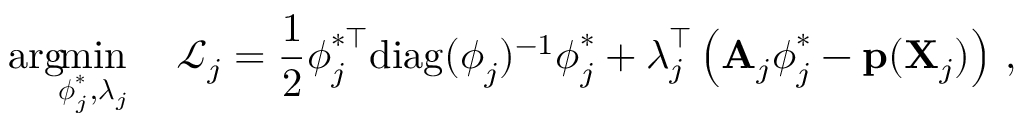
\arg \! \! \operatorname* { m i n } _ { \boldsymbol { \phi } _ { j } ^ { \ast } , \boldsymbol { \lambda } _ { j } } \quad \mathcal { L } _ { j } = \frac { 1 } { 2 } \boldsymbol { \phi } _ { j } ^ { \ast \intercal } \mathrm { d i a g } ( \boldsymbol { \phi } _ { j } ) ^ { - 1 } \boldsymbol { \phi } _ { j } ^ { \ast } + \boldsymbol { \lambda } _ { j } ^ { \intercal } \left( \mathbf { A } _ { j } \boldsymbol { \phi } _ { j } ^ { \ast } - \mathbf { p } ( \mathbf { X } _ { j } ) \right) \, ,